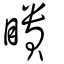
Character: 瞶